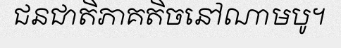
ជនជាតិភាគតិចនៅណាមបូ។